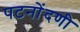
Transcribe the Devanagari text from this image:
पटनोंदणी